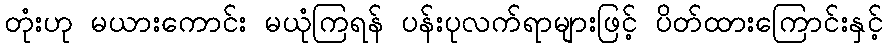
တုံးဟု မယားကောင်း မယုံကြရန် ပန်းပုလက်ရာများဖြင့် ပိတ်ထားကြောင်းနှင့်